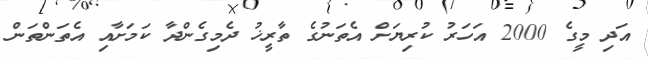
އަދި މީގެ 2000 އަހަރު ކުރިޔަށް އެތަނުގެ ތާރީޚު ދެމިގެންދާ ކަމަށާއި އެތަންތަން